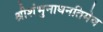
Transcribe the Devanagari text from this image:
श्रीशंभुनाथनतिमेव